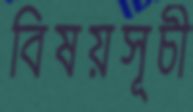
বিষয়সূচী